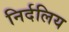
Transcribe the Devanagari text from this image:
निर्दलिय